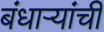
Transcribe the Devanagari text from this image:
बंधाऱ्यांची